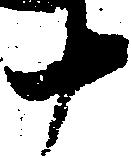
十